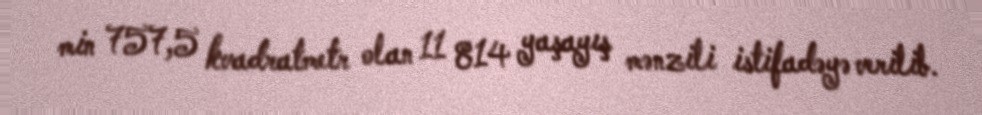
min 757,5 kvadratmetr olan 11 814 yaşayış mənzili istifadəyə verilib.